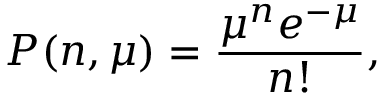
P ( n , \mu ) = \frac { \mu ^ { n } e ^ { - \mu } } { n ! } ,